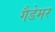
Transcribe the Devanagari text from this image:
गैडेमर